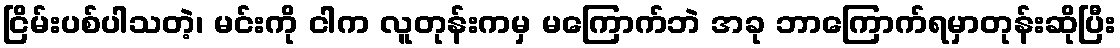
ငြိမ်းပစ်ပါသတဲ့၊ မင်းကို ငါက လူတုန်းကမှ မကြောက်ဘဲ အခု ဘာကြောက်ရမှာတုန်းဆိုပြီး